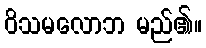
ဝိသမလောဘ မည်၏။